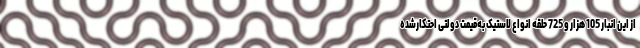
از این انبار 105 هزار و 725 حلقه انواع لاستیک به‌قیمت دولتی احتکارشده